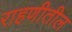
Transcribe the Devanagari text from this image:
राहणीतील